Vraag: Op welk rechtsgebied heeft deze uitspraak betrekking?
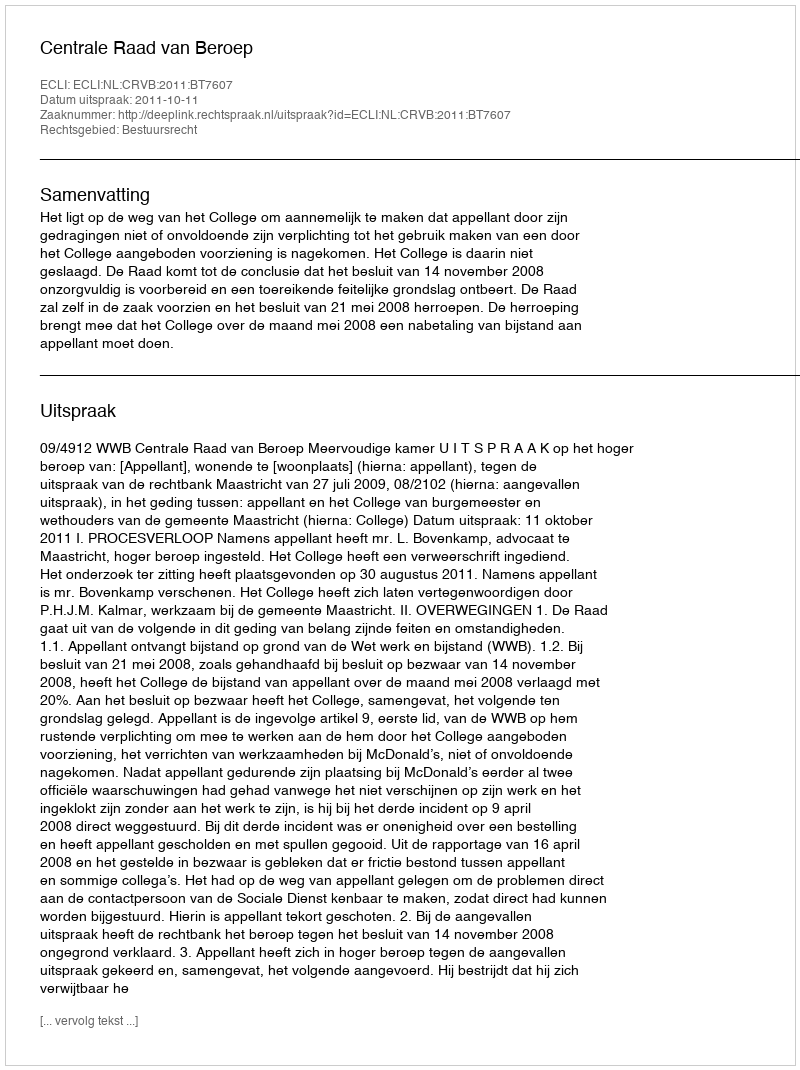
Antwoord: Bestuursrecht